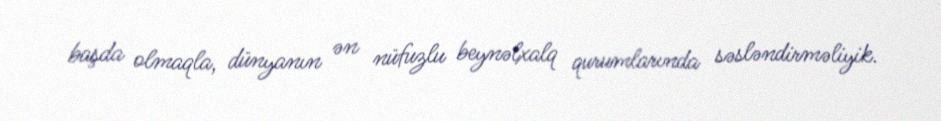
başda olmaqla, dünyanın ən nüfuzlu beynəlxalq qurumlarında səsləndirməliyik.